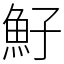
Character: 䰵